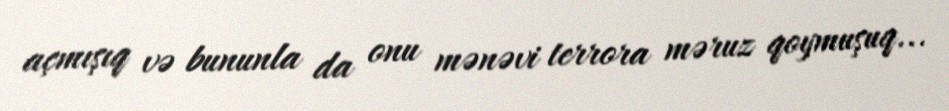
açmışıq və bununla da onu mənəvi terrora məruz qoymuşuq...